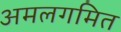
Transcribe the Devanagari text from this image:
अमलगमित